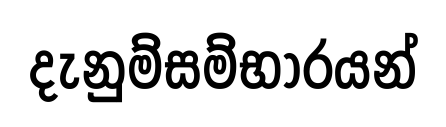
දැනුම්සම්භාරයන්